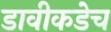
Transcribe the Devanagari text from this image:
डावीकडेच